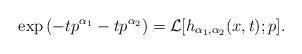
LaTeX: \begin{align*}\exp\left(-t p^{\alpha_{1}} - t p^{\alpha_{2}}\right) = \mathcal{L}[h_{\alpha_{1}, \alpha_{2}}(x, t); p].\end{align*}